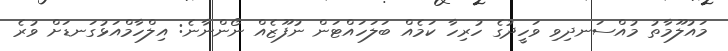
މައުލޫމާތު މުއްސަނދިވި ވަހީދުގެ ހުރިހާ ކަމެއް ބަލަހައްޓަން ނުފޫޒެއް ނޯންނާނެ: އިލްހާމްއަޅުގަނޑަށް ވުރެ